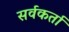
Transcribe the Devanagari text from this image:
सर्वकर्ता